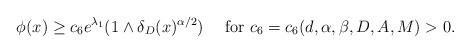
LaTeX: \begin{align*}\phi(x)\ge c_{6}e^{\lambda_{1}}(1\wedge \delta_{D}(x)^{\alpha/2})\quad\mbox{ for } c_{6}=c_{6}(d,\alpha,\beta,D,A,M)>0.\end{align*}